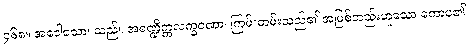
၄၆၈။ အဒေါသော၊ သည်။ အစဏ္ဍိက္ကလက္ခဏော၊ ကြမ်းတမ်းသည်၏ အဖြစ်တည်းဟူသော ကောပ၏